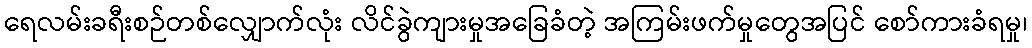
ရေလမ်းခရီးစဉ်တစ်လျှောက်လုံး လိင်ခွဲကျားမှုအခြေခံတဲ့ အကြမ်းဖက်မှုတွေအပြင် စော်ကားခံရမှု၊